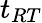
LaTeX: t_{RT}